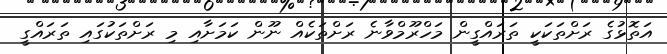
އަތޮޅުގެ ރަށްތަކަކީ ތަރައްގީން މަހްރޫމްވާނެ ރަށްތަކެއް ނޫން ކަމަށާއި މި ރަށްތަކުގައި ތަރައްގީ